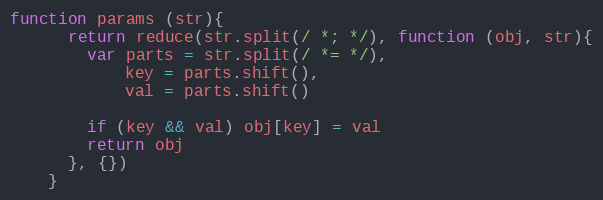
Language: JavaScript
function params (str){
      return reduce(str.split(/ *; */), function (obj, str){
        var parts = str.split(/ *= */),
            key = parts.shift(),
            val = parts.shift()

        if (key && val) obj[key] = val
        return obj
      }, {})
    }